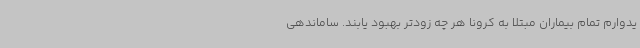
یدوارم تمام بیماران مبتلا به کرونا هر چه زودتر بهبود یابند. ساماندهی